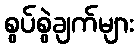
စွပ်စွဲချက်များ